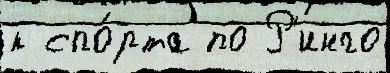
к спо́рта по Р'инго